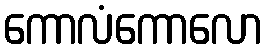
ကောလံကောလော